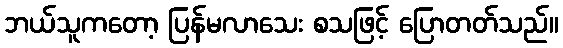
ဘယ်သူကတော့ ပြန်မလာသေး စသဖြင့် ပြောတတ်သည်။